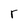
Character: r